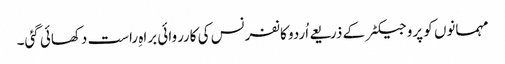
مہمانوں کو پروجیکٹر کے ذریعے اُردو کانفرنس کی کارروائی براہِ راست دکھائی گئی۔